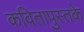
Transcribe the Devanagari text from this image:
कवितापुस्तके